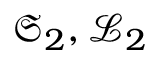
\mathfrak { S } _ { 2 } , \mathcal { L } _ { 2 }